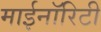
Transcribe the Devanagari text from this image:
माईनॉरिटी